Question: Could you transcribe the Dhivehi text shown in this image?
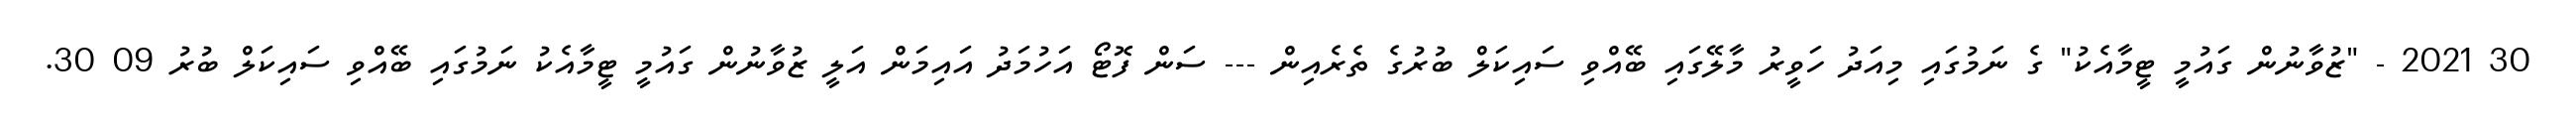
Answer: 30 2021 - "ޒުވާނުން ގައުމީ ޓީމާއެކު" ގެ ނަމުގައި މިއަދު ހަވީރު މާލޭގައި ބޭއްވި ސައިކަލް ބުރުގެ ތެރެއިން --- ސަން ފޮޓޯ އަހުމަދު އައިމަން އަލީ ޒުވާނުން ގައުމީ ޓީމާއެކު ނަމުގައި ބޭއްވި ސައިކަލް ބުރު 09 30.